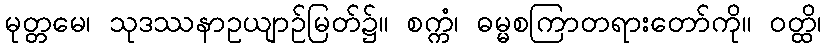
မုတ္တမေ၊ သုဒဿနာဥယျာဉ်မြတ်၌။ စက္ကံ၊ ဓမ္မစကြာတရားတော်ကို။ ဝတ္ထိ၊